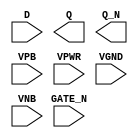
module sky130_fd_sc_hd__dlxbn (
    //# {{data|Data Signals}}
    input  D     ,
    output Q     ,
    output Q_N   ,

    //# {{clocks|Clocking}}
    input  GATE_N,

    //# {{power|Power}}
    input  VPB   ,
    input  VPWR  ,
    input  VGND  ,
    input  VNB
);
endmodule